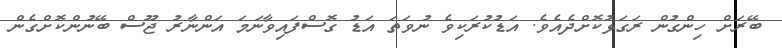
ބޭރަށް ހިންގުން ރަގަޅުކޮށްދެއެވެ. އަޑުކުރަކިވެ ނުވަތަ އަޑު ގޮސްފައިވާނަމަ އަންނާރު ޖޫސް ބޭނުންކޮށްގެން